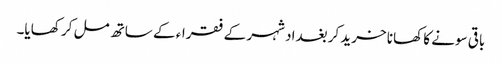
باقی سونے کا کھانا خرید کر بغداد شہر کے فقراء کے ساتھ مل کر کھایا۔